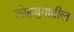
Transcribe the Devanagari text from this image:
लोहयुगातील